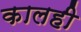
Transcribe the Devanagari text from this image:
कालही